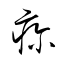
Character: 疹